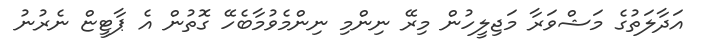
އަދާލަތުގެ މަޝްވަރާ މަޖިލީހުން މިރޭ ނިންމި ނިންމެވުމާބެހޭ ގޮތުން އެ ޕާޓީޏް ނެރުނު